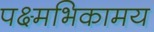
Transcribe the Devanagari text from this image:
पक्ष्मभिकामय